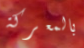
بالمعركة